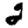
Digit: 2